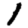
Digit: 1